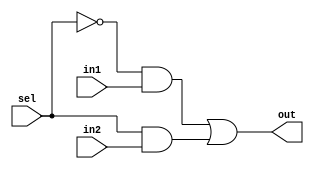
// helper functions for ALU

module mux2to1(in1,in2,sel,out);
	input in1,in2,sel;
	output out;

	assign out = (~sel & in1) | (sel & in2);
endmodule

module bit32_mux2to1(in1,in2,sel,out);
	input[31:0] in1,in2;
	input sel;
	output[31:0] out;
	genvar j;

	generate for (j = 0; j < 32; j = j + 1)begin: mux_loop
		mux2to1 m1(in1[j],in2[j],sel,out[j]);
	end
	endgenerate
endmodule

module bit32_mux4to1(in1,in2,in3,in4,sel,out);
	input[31:0] in1,in2,in3,in4;
	input[1:0] sel;
	output[31:0] out;
	wire[31:0] p1,p2;

	bit32_mux2to1 m1(in1,in2,sel[0],p1);
	bit32_mux2to1 m2(in3,in4,sel[0],p2);
	bit32_mux2to1 m3(p1,p2,sel[1],out);
endmodule

module bit32AND(in1,in2,out);
	input[31:0] in1,in2;
	output[31:0] out;

	assign {out} = in1 & in2;
endmodule

module bit32OR(in1,in2,out);
	input[31:0] in1,in2;
	output[31:0] out;

	assign {out} = in1 | in2;
endmodule